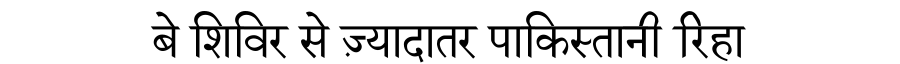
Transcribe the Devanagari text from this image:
बे शिविर से ज़्यादातर पाकिस्तानी रिहा